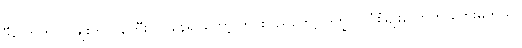
ဒီလောက် လူမျိုးက ဝန်ကြီးလုပ်နေရင်တော့ တိုင်းပြည်တော့ ဒုက္ခပါပဲပုံစံမျိုးလောက် တွေးမိတယ်။